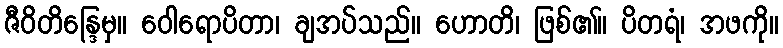
ဇီဝိတိန္ဒြေမှ။ ဝေါရောပိတာ၊ ချအပ်သည်။ ဟောတိ၊ ဖြစ်၏။ ပိတရံ၊ အဖကို။